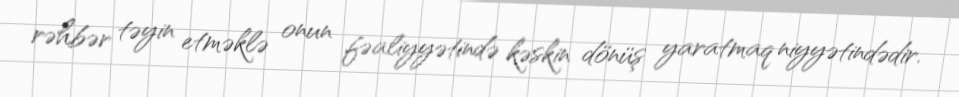
rəhbər təyin etməklə onun fəaliyyətində kəskin dönüş yaratmaq niyyətindədir.